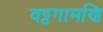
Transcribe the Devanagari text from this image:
वट्टगामणि